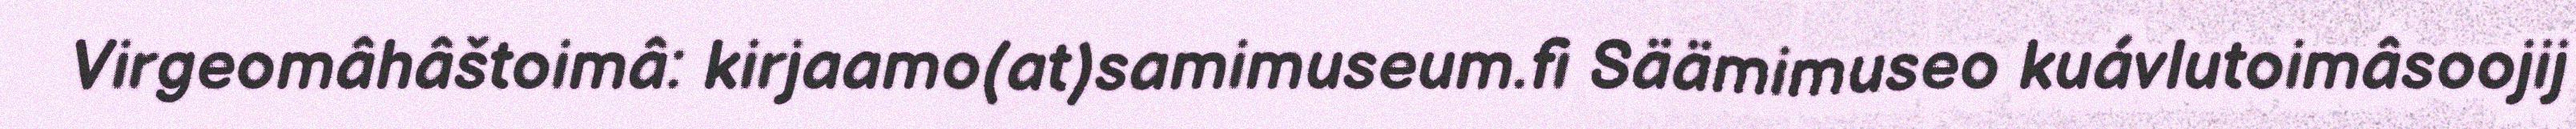
Virgeomâhâštoimâ: kirjaamo(at)samimuseum.fi Säämimuseo kuávlutoimâsoojij